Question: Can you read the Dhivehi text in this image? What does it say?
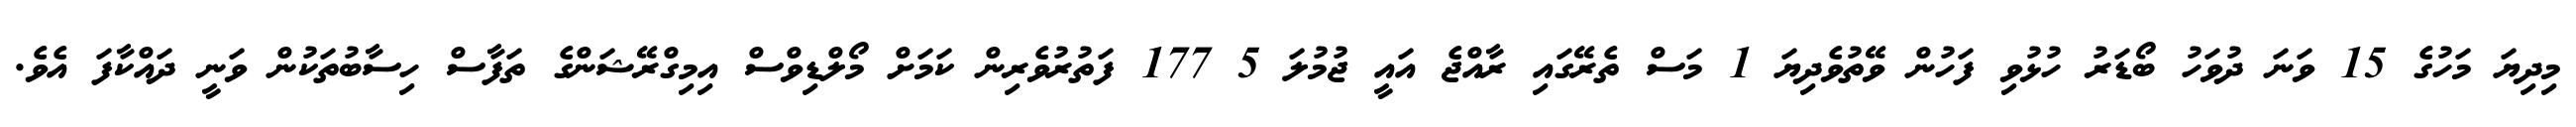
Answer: މިދިޔަ މަހުގެ 15 ވަނަ ދުވަހު ބޯޑަރު ހުޅުވި ފަހުން ވޭތުވެދިޔަ 1 މަސް ތެރޭގައި ރާއްޖެ އައީ ޖުމުލަ 5 177 ފަތުރުވެރިން ކަމަށް މޯލްޑިވްސް އިމިގްރޭޝަންގެ ތަފާސް ހިސާބުތަކުން ވަނީ ދައްކާފަ އެވެ.